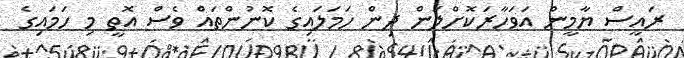
ރައީސް ޔާމީން އަަވަހާރަކޮށްލަން ދިން ހަމަލަައިގެ ކޮނުންތައް ވެސް އޮތީ މި ހަމައިގެ